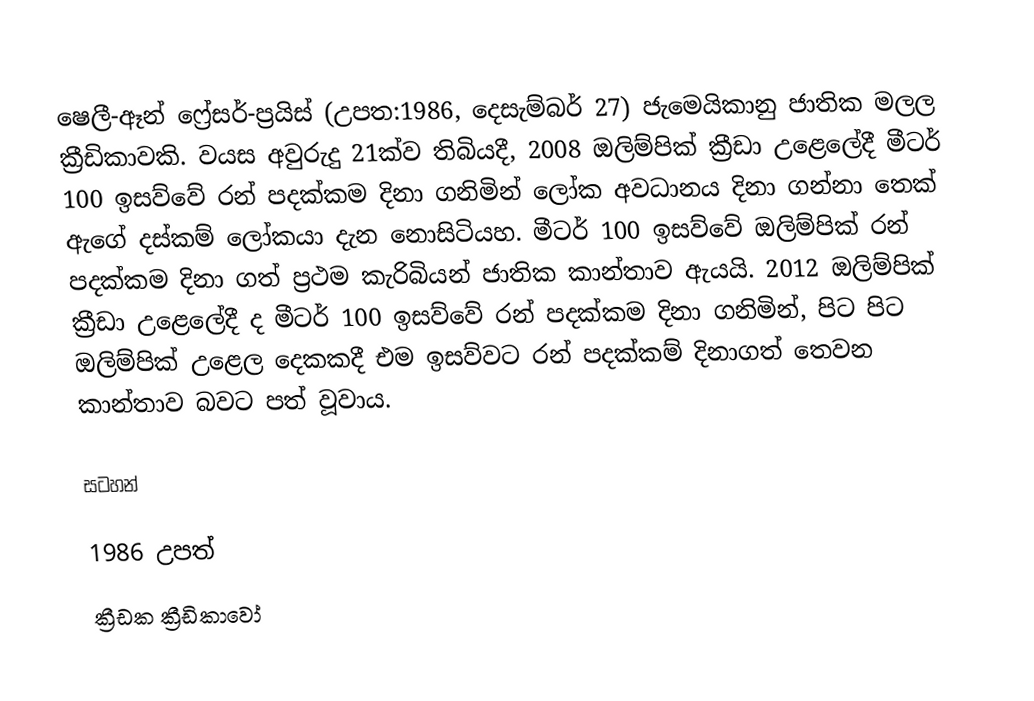
ෂෙලී-ඈන් ෆ්‍රේසර්-ප්‍රයිස් (උපත:1986, දෙසැම්බර් 27) ජැමෙයිකානු ජාතික මලල ක්‍රීඩිකාවකි. වයස අවුරුදු 21ක්ව තිබියදී, 2008 ඔලිම්පික් ක්‍රීඩා උළෙලේදී මීටර් 100 ඉසව්වේ රන් පදක්කම දිනා ගනිමින් ලෝක අවධානය දිනා ගන්නා තෙක් ඇගේ දස්කම් ලෝකයා දැන නොසිටියහ. මීටර් 100 ඉසව්වේ ඔලිම්පික් රන් පදක්කම දිනා ගත් ප්‍රථම කැරිබියන් ජාතික කාන්තාව ඇයයි. 2012 ඔලිම්පික් ක්‍රීඩා උළෙලේදී ද මීටර් 100 ඉසව්වේ රන් පදක්කම දිනා ගනිමින්, පිට පිට ඔලිම්පික් උළෙල දෙකකදී එම ඉසව්වට රන් පදක්කම් දිනාගත් තෙවන කාන්තාව බවට පත් වූවාය.

සටහන්

1986 උපත්
ක්‍රීඩක ක්‍රීඩිකාවෝ